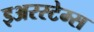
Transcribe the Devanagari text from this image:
इअरस्टेम्स